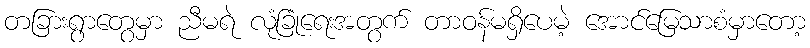
တခြားရွာတွေမှာ ညီမရဲ လုံခြုံရေးအတွက် တာဝန်မရှိပေမဲ့ အောင်မြေသာစံမှာတော့